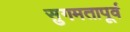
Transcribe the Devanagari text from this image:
सुगमतापूर्व